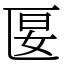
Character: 匽